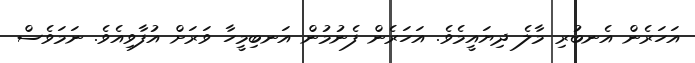
އަހަރެން އެނބުރި މާލެ ދިޔައީމެވެ. އަހަރެން ފެނުމުން އަނބިމީހާ ވަރަށް އުފާވިއެވެ. ނަމަވެސް